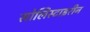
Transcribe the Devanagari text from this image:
सोलिस्टाइरीन